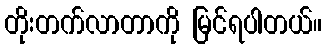
တိုးတက်လာတာကို မြင်ရပါတယ်။